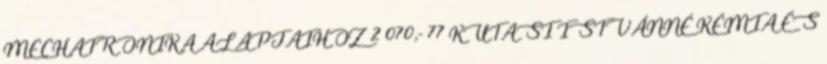
MECHATRONIKA ALAPJAIHOZ 2 070,- 77 KUTASI ISTVÁNNÉ KÉMIA ÉS